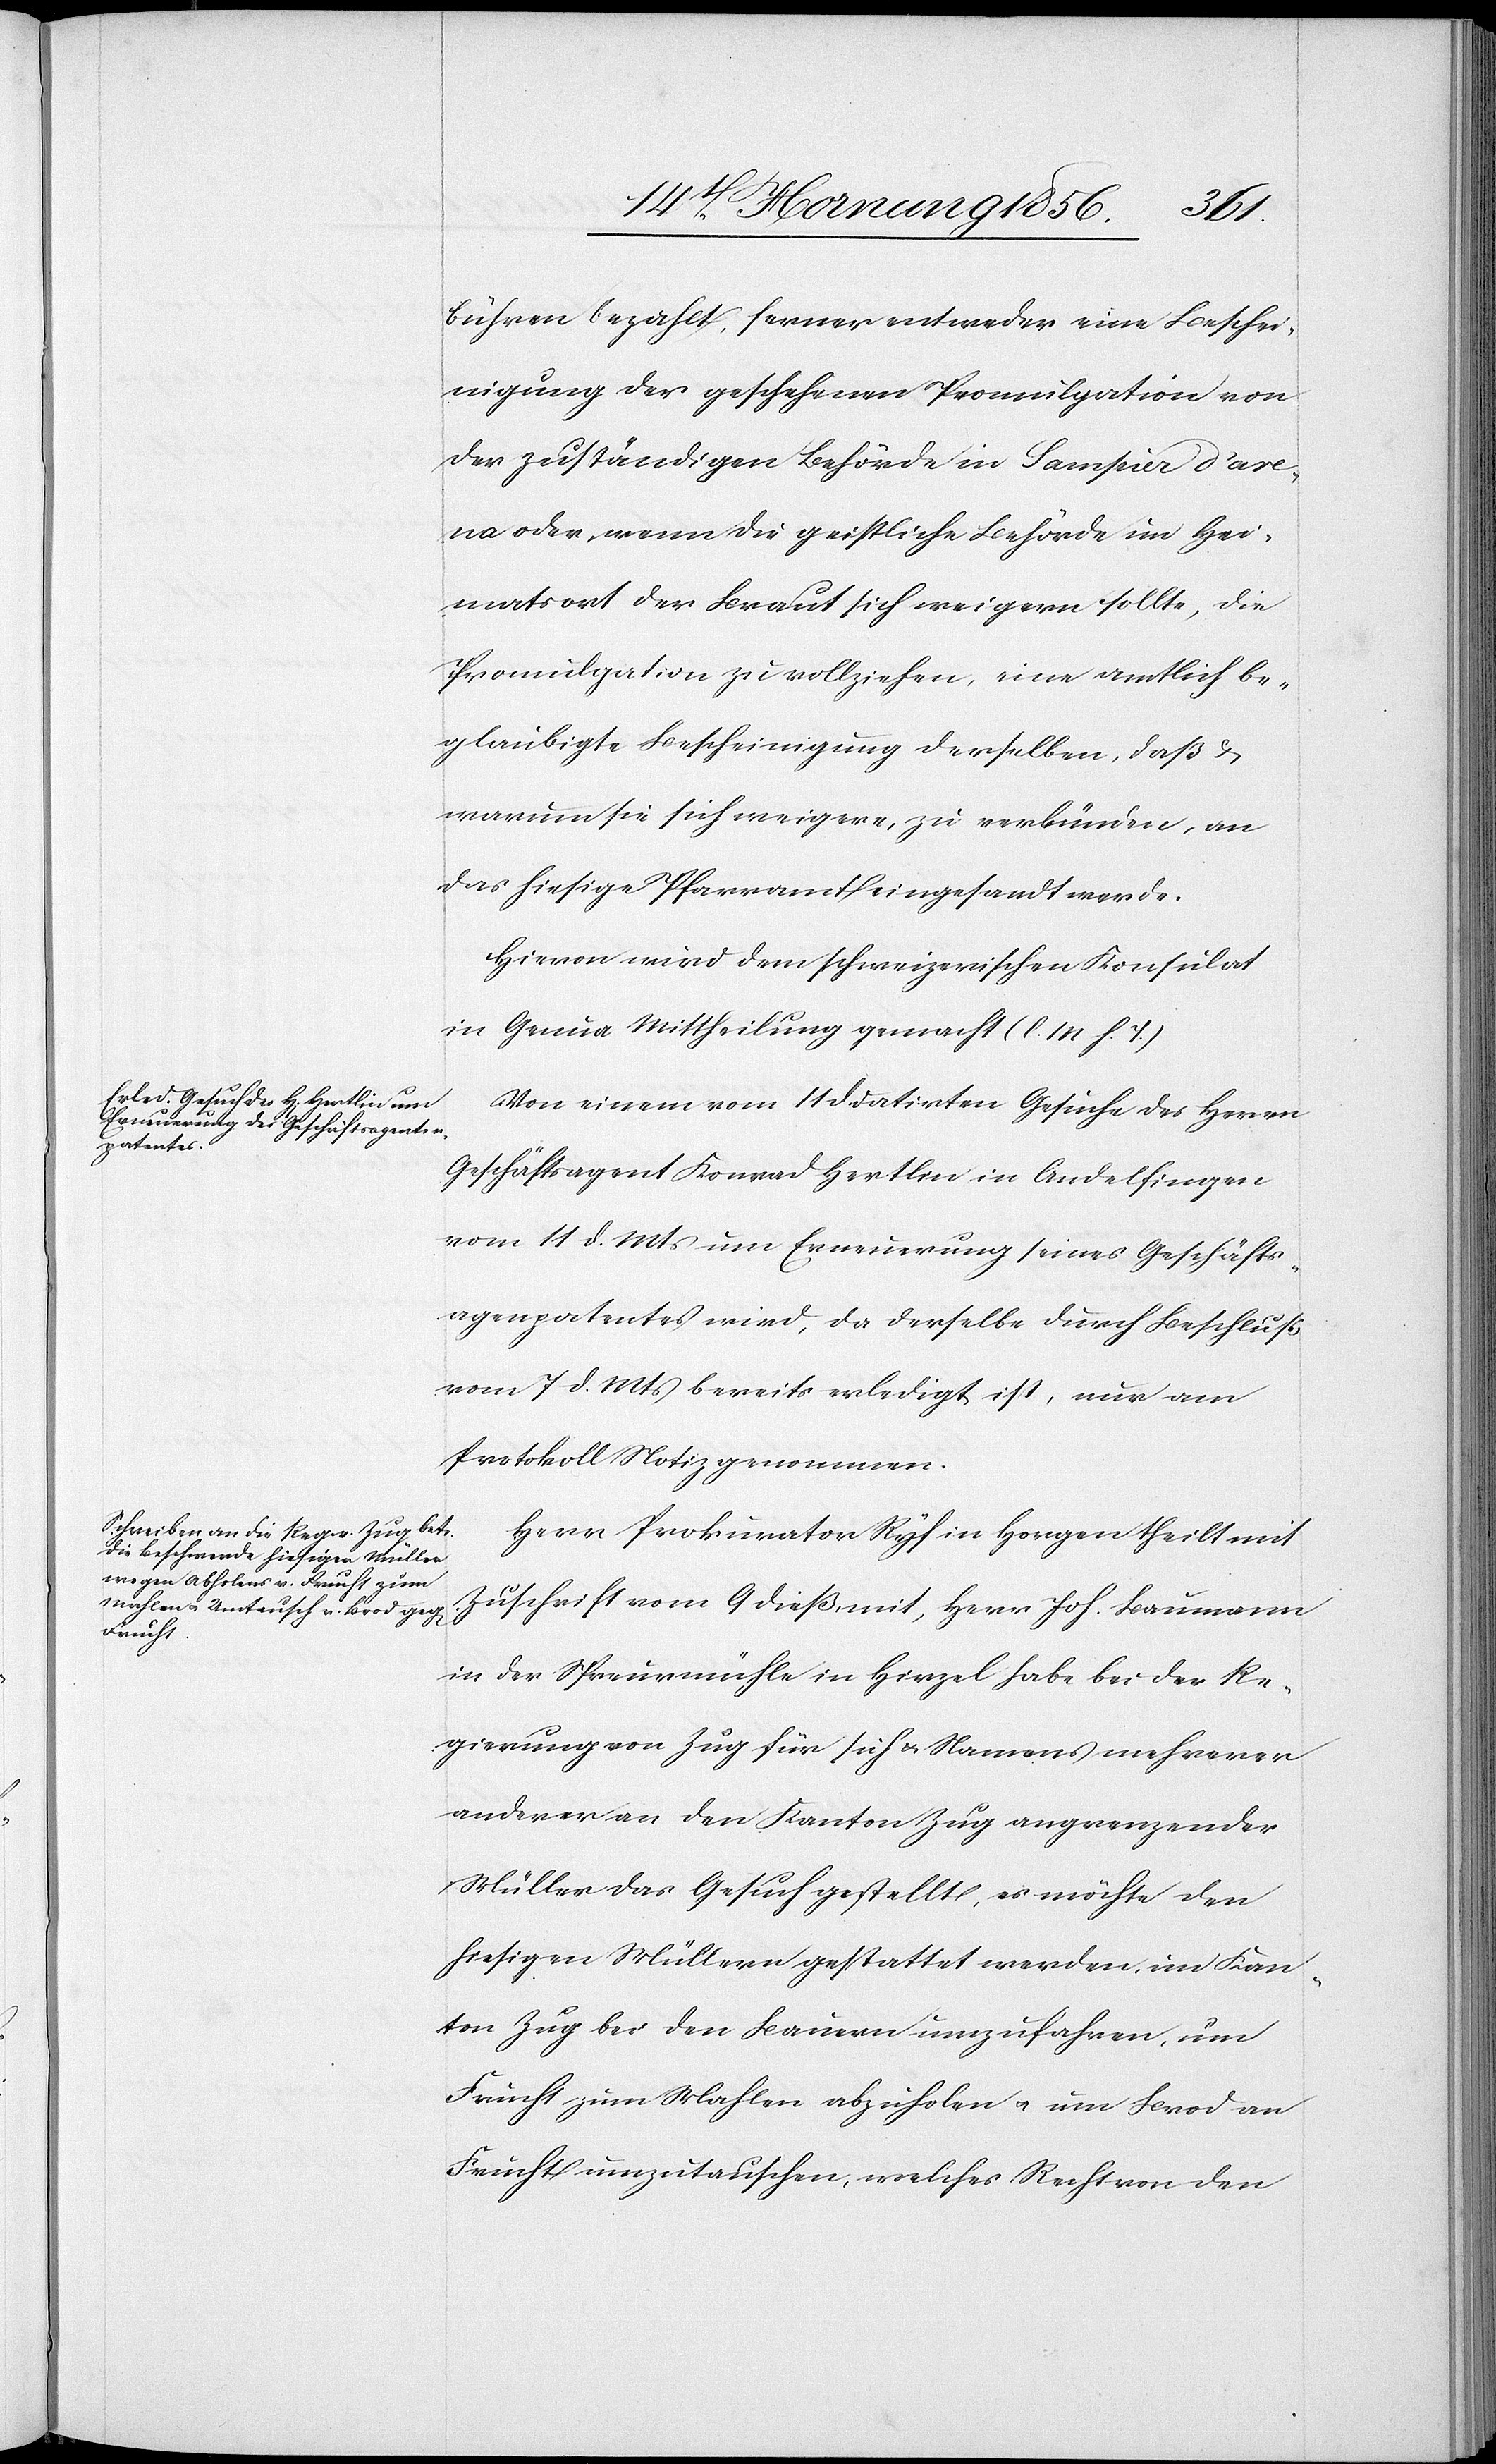
bühren bezahlt, ferner entweder eine Beschei¬
nigung der geschehenen Promulgation von
der zuständigen Behörde in Sampier d’are¬
na oder, wenn die geistliche Behörde im Hei¬
matsort der Braut sich weigern sollte, die
Promulgation zu vollziehen, eine amtlich be¬
glaubigte Bescheinigung derselben, daß &
warum sie sich weigere, zu verbünden, an
das hiesige Pfarramt eingesandt werde.
Hievon wird dem schweizerischen Konsulat
in Genua Mittheilung gemacht (l. M. h. T.)
Von einem vom 11 d. datirten Gesuche des Herrn
Geschäftsagent Konrad Hertlin in Andelfingen
vom 11 d. Mts um Erneuerung seines Geschäfts¬
agen[ten]patentes wird, da derselbe durch Beschluß
vom 7 d. Mts bereits erledigt ist, nur am
Protokoll Notiz genommen.
Herr Prokurator Ryf in Horgen theilt mit
Zuschrift vom 9 dieß mit, Herr Joh. Baumann
in der Spreurmühle in Hirzel habe bei der Re¬
gierung von Zug für sich u. Namens mehrerer
anderer an den Kanton Zug angrenzender
Müller das Gesuch gestellt, es möchte den
hiesigen Müllern gestattet werden, im Kan¬
ton Zug bei den Bauern umzufahren, um
Frucht zum Mahlen abzuholen u. um Brod an
Frucht umzutauschen, welches Recht von den